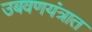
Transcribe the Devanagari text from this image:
उबवणयंत्रात